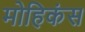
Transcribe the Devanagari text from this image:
मोहिकंस